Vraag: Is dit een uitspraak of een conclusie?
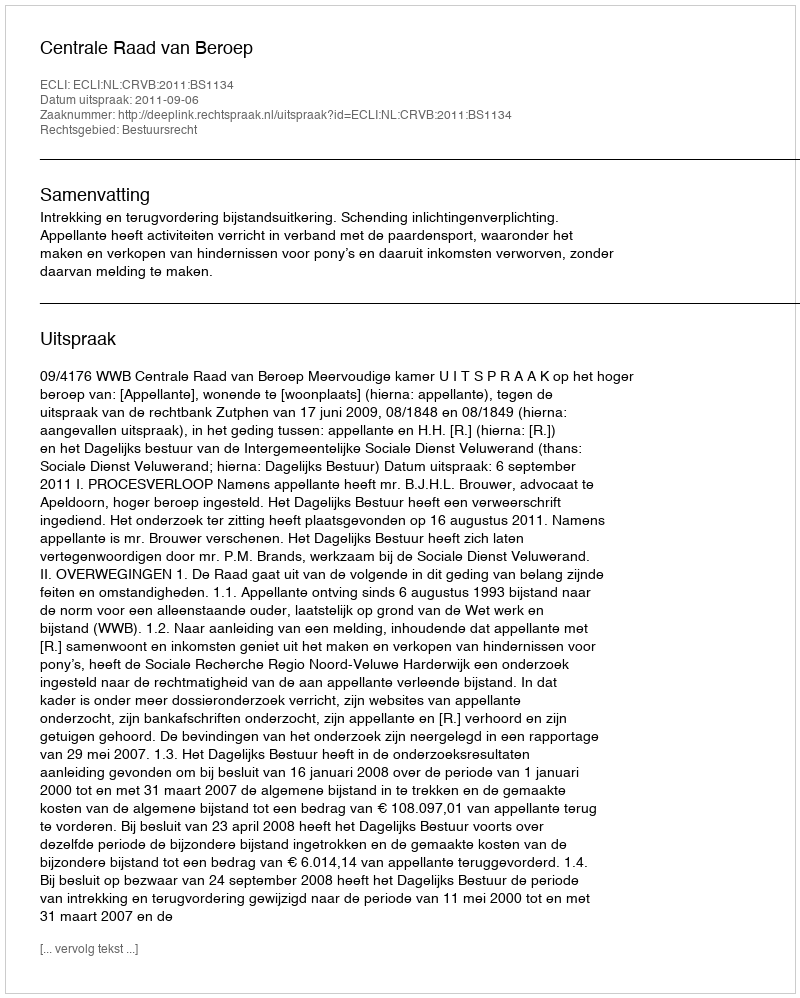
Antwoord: Uitspraak